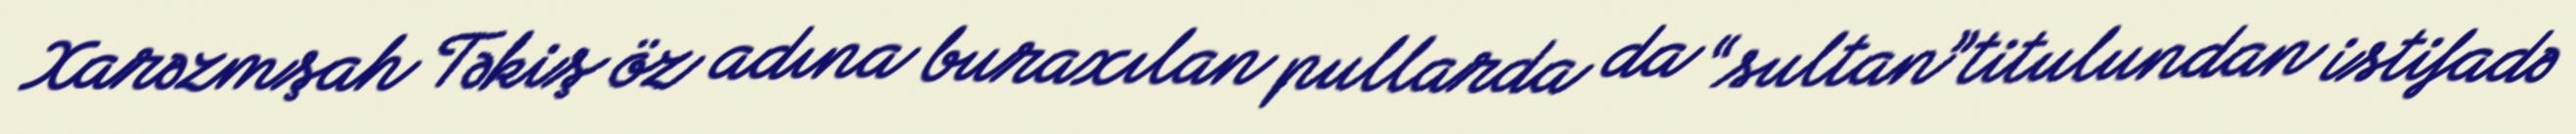
Xarəzmşah Təkiş öz adına buraxılan pullarda da “sultan”titulundan istifadə